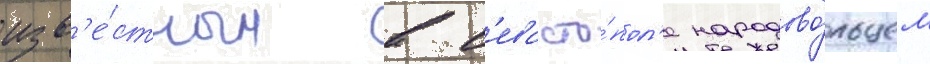
изв'е́стным в с'евасто́пол'е народово́льцем